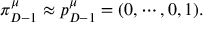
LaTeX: \pi _ { D - 1 } ^ { \mu } \approx p _ { D - 1 } ^ { \mu } = ( 0 , \cdots , 0 , 1 ) .